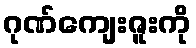
ဂုဏ်ကျေးဇူးကို